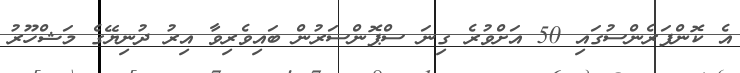
އެ ކޮންފަރެންސުގައި 50 އަށްވުރެ ގިނަ ސްޕޮންސަރުން ބައިވެރިވާ އިރު ދުނިޔޭގެ މަޝްހޫރު